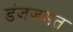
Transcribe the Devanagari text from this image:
डंजजमत